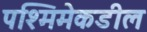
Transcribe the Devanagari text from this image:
पश्मिमेकडील